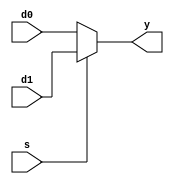
module mux21 #(parameter WIDTH = 32)
            (input  [15:0] d0, d1, 
             input              s, 
             output [15:0] y);

  assign y = s ? d1 : d0; 
endmodule